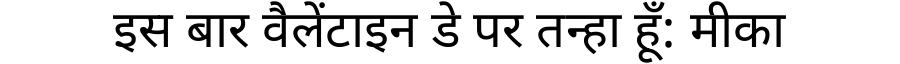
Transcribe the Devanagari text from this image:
इस बार वैलेंटाइन डे पर तन्हा हूँ: मीका